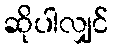
ဆိုပါလျှင်